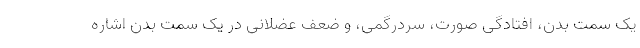
یک سمت بدن، افتادگی صورت، سردرگمی، و ضعف عضلانی در یک سمت بدن اشاره